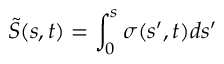
\Tilde { S } ( s , t ) = \int _ { 0 } ^ { s } \sigma ( s ^ { \prime } , t ) d s ^ { \prime }